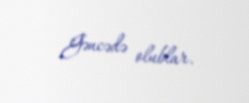
Gəncədə olublar.